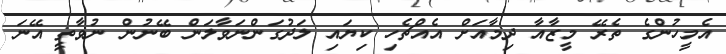
އެމީހުންގެ ތެރޭ މީޒާއާ ދިމާއަށް އެއްޗެހި ކިޔައި ލަދުގަންނަވާލަން ބޭނުން ނުވާތީ އޭނަ